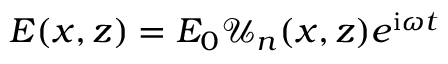
E ( x , z ) = E _ { 0 } \mathcal { U } _ { n } ( x , z ) e ^ { \mathrm { i } \omega t }